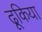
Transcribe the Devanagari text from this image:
ढूकिया